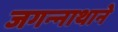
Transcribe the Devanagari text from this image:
जगन्‍नाथाने